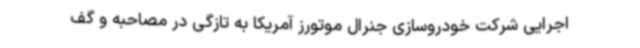
اجرایی شرکت خودروسازی جنرال موتورز آمریکا به تازگی در مصاحبه و گف